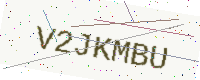
Text: V2JKMBU